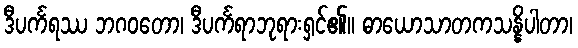
ဒီပင်္ကရဿ ဘဂဝတော၊ ဒီပင်္ကရာဘုရားရှင်၏။ ဓာယောသာတကသန္နိပါတာ၊